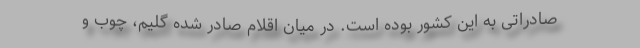
صادراتی به این کشور بوده است. در میان اقلام صادر شده گلیم، چوب و